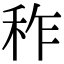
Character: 秨